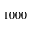
1 0 0 0